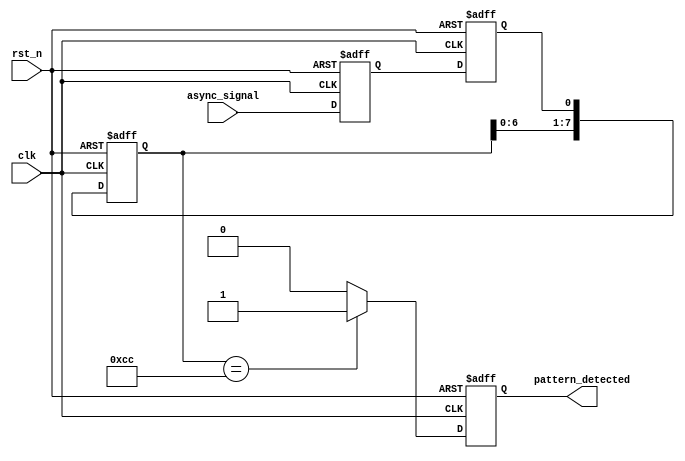
module dual_ff_detector (
    input wire clk,                // Clock signal
    input wire rst_n,              // Active-low reset signal
    input wire async_signal,       // Asynchronous input signal
    output reg pattern_detected     // Output flag indicating pattern detection
);

    // Parameters for the pattern to detect
    parameter PATTERN = 8'b11001100; // Example pattern to detect
    parameter PATTERN_LENGTH = 8;     // Length of the pattern

    // Internal signals for dual flip-flops
    reg ff1, ff2;
    reg [PATTERN_LENGTH-1:0] memory_block; // Memory block to store detected pattern
    reg [PATTERN_LENGTH-1:0] detected_pattern; // Store detected pattern

    // Dual Flip-Flop synchronization
    always @(posedge clk or negedge rst_n) begin
        if (!rst_n) begin
            ff1 <= 0;
            ff2 <= 0;
        end else begin
            ff1 <= async_signal;         // Sample the asynchronous signal
            ff2 <= ff1;                  // Sample the first flip-flop output
        end
    end

    // Detection Logic
    always @(posedge clk or negedge rst_n) begin
        if (!rst_n) begin
            memory_block <= 0;
            pattern_detected <= 0;
            detected_pattern <= 0;
        end else begin
            // Shift the memory block to store the new value
            memory_block <= {memory_block[PATTERN_LENGTH-2:0], ff2}; 

            // Check for pattern detection
            if (memory_block == PATTERN) begin
                pattern_detected <= 1; // Pattern detected
                detected_pattern <= memory_block; // Store detected pattern
            end else begin
                pattern_detected <= 0; // Reset detection flag
            end
        end
    end

endmodule